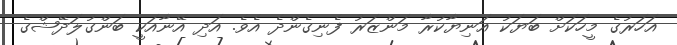
އަހަރުގެ މީހަކަށް ބަޔަކު އަނިޔާކުރާ މަންޒަރު ފެނިގެންދެ އެވެ. އަދި އޭނާއަކީ ބަންގުލަދޭޝްގެ